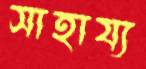
সাহায্য